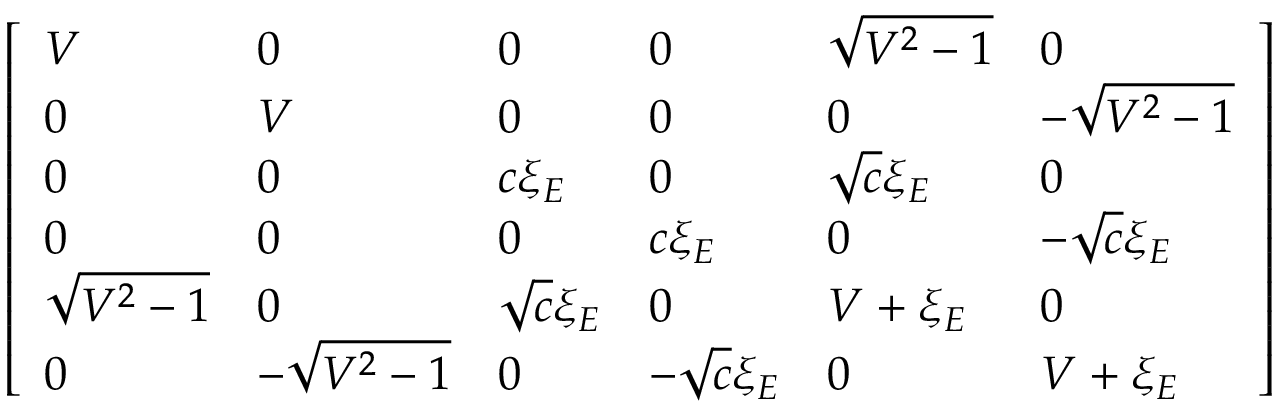
\left[ \begin{array} { l l l l l l } { V } & { 0 } & { 0 } & { 0 } & { \sqrt { { { V } ^ { 2 } } - 1 } } & { 0 } \\ { 0 } & { V } & { 0 } & { 0 } & { 0 } & { - \sqrt { { { V } ^ { 2 } } - 1 } } \\ { 0 } & { 0 } & { c { { \xi } _ { E } } } & { 0 } & { \sqrt { c } { { \xi } _ { E } } } & { 0 } \\ { 0 } & { 0 } & { 0 } & { c { { \xi } _ { E } } } & { 0 } & { - \sqrt { c } { { \xi } _ { E } } } \\ { \sqrt { { { V } ^ { 2 } } - 1 } } & { 0 } & { \sqrt { c } { { \xi } _ { E } } } & { 0 } & { V + { { \xi } _ { E } } } & { 0 } \\ { 0 } & { - \sqrt { { { V } ^ { 2 } } - 1 } } & { 0 } & { - \sqrt { c } { { \xi } _ { E } } } & { 0 } & { V + { { \xi } _ { E } } } \end{array} \right]